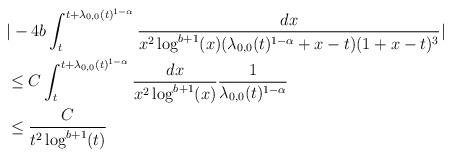
LaTeX: \begin{align*} &|-4b \int_{t}^{t+\lambda_{0,0}(t)^{1-\alpha}} \frac{dx}{x^{2}\log^{b+1}(x) (\lambda_{0,0}(t)^{1-\alpha} +x-t)(1+x-t)^{3}}|\\&\leq C \int_{t}^{t+\lambda_{0,0}(t)^{1-\alpha}} \frac{dx}{x^{2} \log^{b+1}(x)} \frac{1}{\lambda_{0,0}(t)^{1-\alpha}}\\&\leq \frac{C}{t^{2} \log^{b+1}(t)}\end{align*}